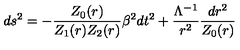
d s ^ { 2 } = - \frac { Z _ { 0 } ( r ) } { Z _ { 1 } ( r ) Z _ { 2 } ( r ) } \beta ^ { 2 } d t ^ { 2 } + \frac { \Lambda ^ { - 1 } } { r ^ { 2 } } \frac { d r ^ { 2 } } { Z _ { 0 } ( r ) }